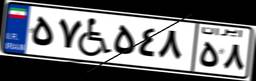
۵۷W۵۴۸۵۸